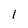
Character: 1